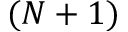
( N + 1 )